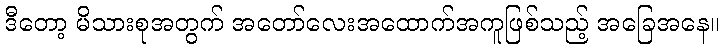
ဒီတော့ မိသားစုအတွက် အတော်လေးအထောက်အကူဖြစ်သည့် အခြေအနေ။